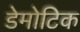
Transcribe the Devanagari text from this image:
डेमोटिक